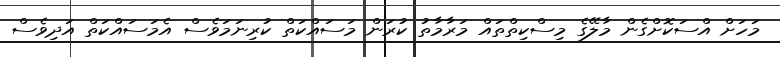
މަހަށް އްސަކޮށްގެން މާލޭގެ މިސްކިތްތައް މަރާމާތު ކުރަން މަސައްކަތް ކުރިނަމަވެސް އެމަސައްކަތް އަދިވެސް